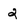
Character: 2